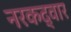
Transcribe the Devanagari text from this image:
नरकद्वार